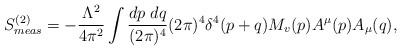
\begin{align*}S_{meas}^{(2)}=-\frac{\Lambda^2}{4\pi^2}\int\frac{dp\;dq}{(2\pi)^4}(2\pi)^4\delta^4(p+q)M_v(p)A^\mu(p)A_\mu(q),\end{align*}